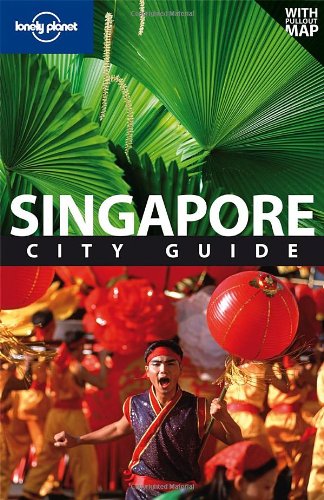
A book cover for Lonely Planet Singapore (City Travel Guide); Joshua Samuel Brown; Travel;